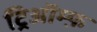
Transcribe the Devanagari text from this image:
ट्रिऑम्फ़